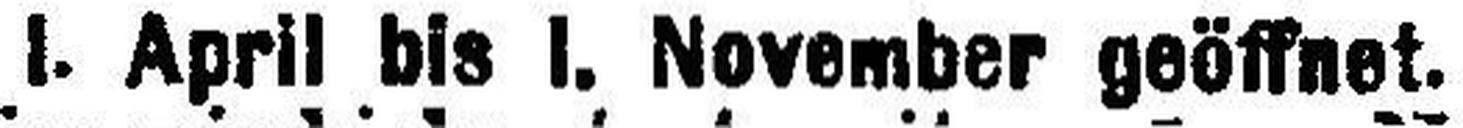
I. April bis I. November geöffnet.